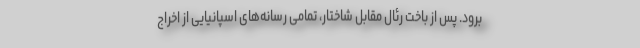
برود. پس از باخت رئال مقابل شاختار، تمامی رسانه‌های اسپانیایی از اخراج